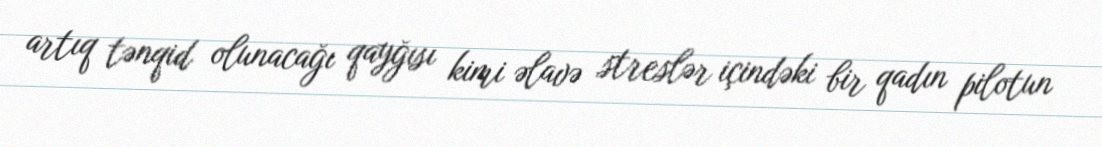
artıq tənqid olunacağı qayğısı kimi əlavə streslər içindəki bir qadın pilotun